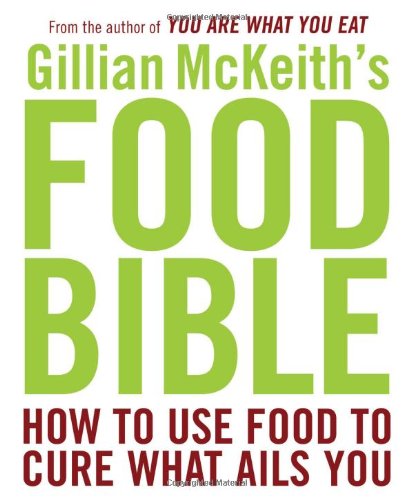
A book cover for Gillian McKeith's Food Bible: How to Use Food to Cure What Ails You; Gillian McKeith; Medical Books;